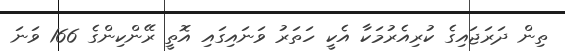
ތިން ދަރަޖައިގެ ކުރިއެރުމަކާ އެކީ ހަތަރު ވަނައިގައި އޮތީ ރޭންކިންގެ 166 ވަނަ